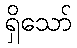
ရှိသော်